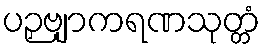
ပဉှဗျာကရဏသုတ္တံ